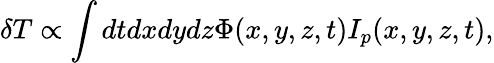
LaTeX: \delta T\propto\int dtdxdydz\Phi(x,y,z,t)I_{p}(x,y,z,t),